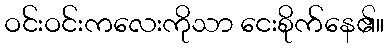
ဝင်းဝင်းကလေးကိုသာ ငေးစိုက်နေ၏။